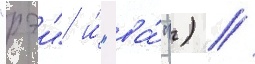
"рэи" и́ "ва́") //